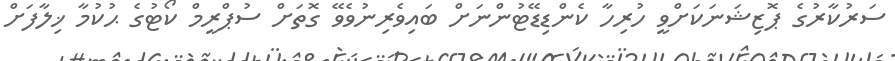
ސަރުކާރުގެ ޕޮޒިޝަނަކަށްވީ ހުރިހާ ކެންޑިޑޭޓުންނަށް ބައިވެރިނުވެވޭ ގޮތަށް ސުޕްރީމް ކޯޓުގެ ޙުކުމާ ޚިލާފަށް